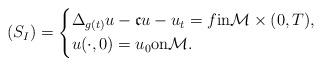
LaTeX: \begin{align*}(S_I) = \left\{\begin{aligned}&\Delta_{g(t)} u - \mathfrak{c} u - u_t = f \textnormal{in} \mathcal{M} \times (0,T),\\& u(\cdot,0) = u_0 \textnormal{on} \mathcal{M}.\end{aligned} \right.\end{align*}